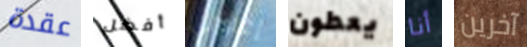
عقدة أفضل إعادتي يعطون أنا آخرين